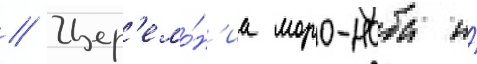
// Цер'емо́н'иа моро-наба и́